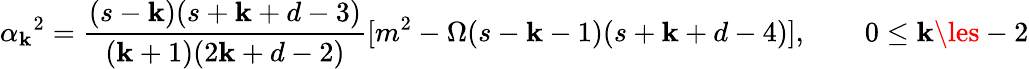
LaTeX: \alpha_{\mathbf{k}}{}^{2}=\frac{{(s-\mathbf{k})(s+\mathbf{k}+d-3)}}{{(\mathbf{k}+1)(2\mathbf{k}+d-2)}}[m^{2}-\Omega(s-\mathbf{k}-1)(s+\mathbf{k}+d-4)],\qquad0\le\mathbf{k}\les-2